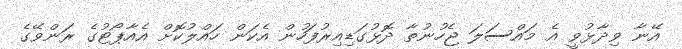
އޭނާ ވިދާޅުވީ އެ މައްސަލަ ޖެހުނުތާ ދޮޅުގަޑިއިރުފަހުން އެކަން ހައްލުކޮށް އެއާޕޯޓުގެ ރަންވޭގެ